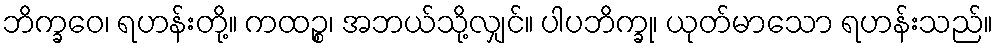
ဘိက္ခဝေ၊ ရဟန်းတို့။ ကထဉ္စ၊ အဘယ်သို့လျှင်။ ပါပဘိက္ခု၊ ယုတ်မာသော ရဟန်းသည်။